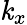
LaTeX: \mathit{k}_{x}